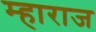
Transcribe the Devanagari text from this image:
म्हाराज